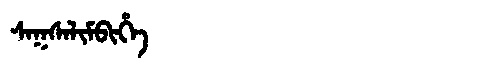
Manchu: ᠰᠠᡴᠰᠠᠯᡳᠮᠪᡳᡥᡝ
Romanization: SAKSALIMBIHE